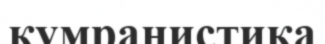
кумранистика